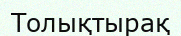
Толықтырақ